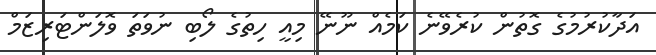
އަދާކުރުމުގެ ގޮތުން ކުރެވޭނެ ކަމެއް ނޫނޭ މިއީ ހިތުގެ ލޯބި ނުވަތަ ވޮލަންޓަރިޒަމް